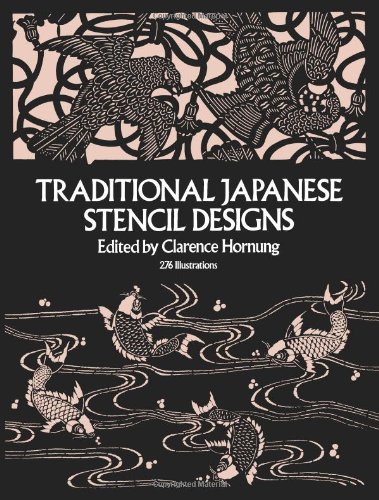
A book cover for Traditional Japanese Stencil Designs; Arts & Photography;